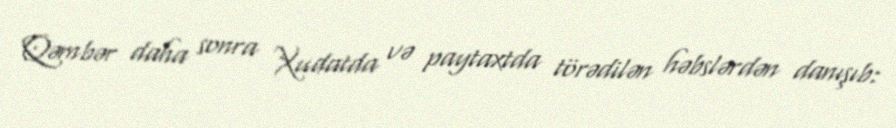
Qəmbər daha sonra Xudatda və paytaxtda törədilən həbslərdən danışıb: